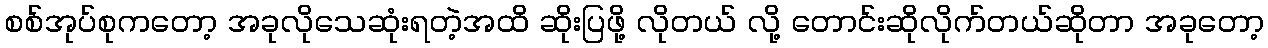
စစ်အုပ်စုကတော့ အခုလိုသေဆုံးရတဲ့အထိ ဆိုးပြဖို့ လိုတယ် လို့ တောင်းဆိုလိုက်တယ်ဆိုတာ အခုတော့